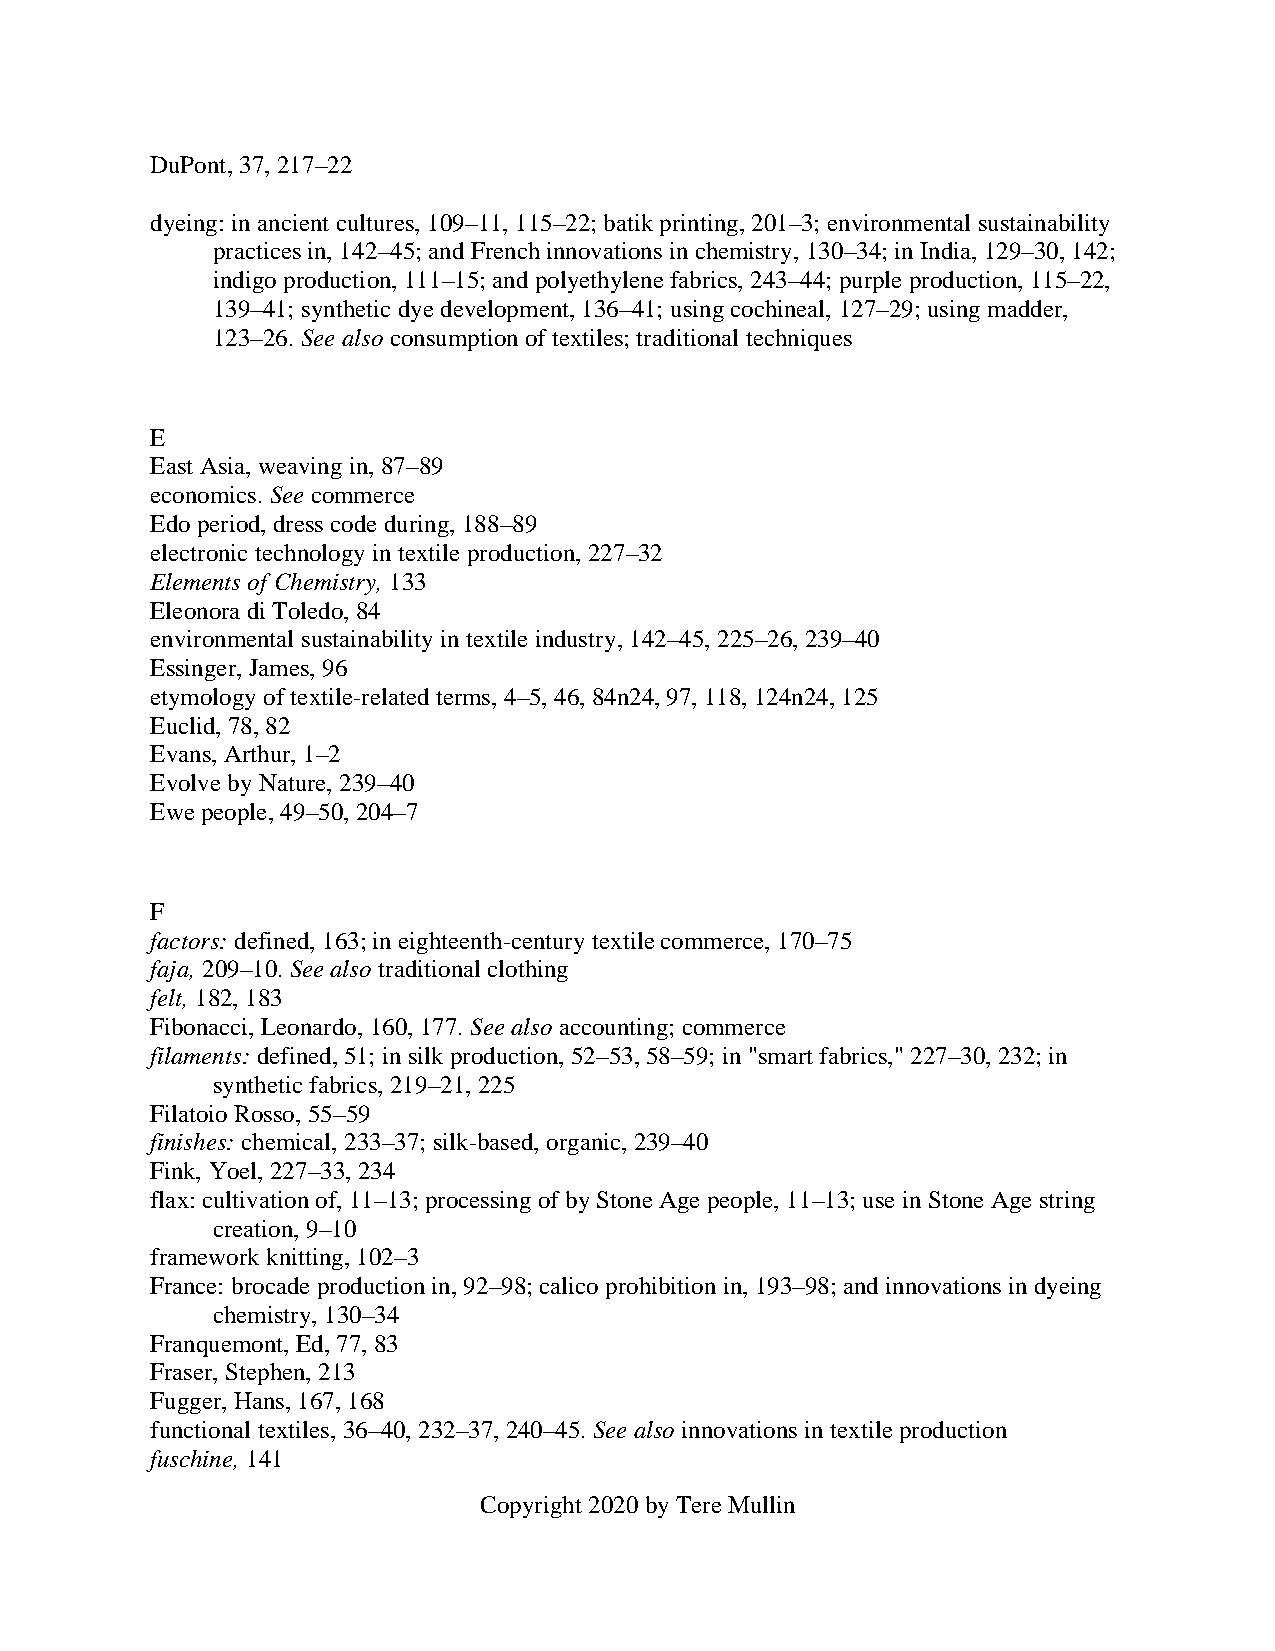
DuPont, 37, 217–22
 dyeing: in ancient cultures, 109–11, 115–22; batik printing, 201–3; environmental sustainability
 practices in, 142–45; and French innovations in chemistry, 130–34; in India, 129–30, 142;
 indigo production, 111–15; and polyethylene fabrics, 243–44; purple production, 115–22,
 139–41; synthetic dye development, 136–41; using cochineal, 127–29; using madder,
 123–26. See also consumption of textiles; traditional techniques
 E
 East Asia, weaving in, 87–89
 economics. See commerce
 Edo period, dress code during, 188–89
 electronic technology in textile production, 227–32
 Elements of Chemistry, 133
 Eleonora di Toledo, 84
 environmental sustainability in textile industry, 142–45, 225–26, 239–40
 Essinger, James, 96
 etymology of textile-related terms, 4–5, 46, 84n24, 97, 118, 124n24, 125
 Euclid, 78, 82
 Evans, Arthur, 1–2
 Evolve by Nature, 239–40
 Ewe people, 49–50, 204–7
 F
 factors: defined, 163; in eighteenth-century textile commerce, 170–75
 faja, 209–10. See also traditional clothing
 felt, 182, 183
 Fibonacci, Leonardo, 160, 177. See also accounting; commerce
 filaments: defined, 51; in silk production, 52–53, 58–59; in "smart fabrics," 227–30, 232; in
 synthetic fabrics, 219–21, 225
 Filatoio Rosso, 55–59
 finishes: chemical, 233–37; silk-based, organic, 239–40
 Fink, Yoel, 227–33, 234
 flax: cultivation of, 11–13; processing of by Stone Age people, 11–13; use in Stone Age string
 creation, 9–10
 framework knitting, 102–3
 France: brocade production in, 92–98; calico prohibition in, 193–98; and innovations in dyeing
 chemistry, 130–34
 Franquemont, Ed, 77, 83
 Fraser, Stephen, 213
 Fugger, Hans, 167, 168
 functional textiles, 36–40, 232–37, 240–45. See also innovations in textile production
 fuschine, 141
 Copyright 2020 by Tere Mullin